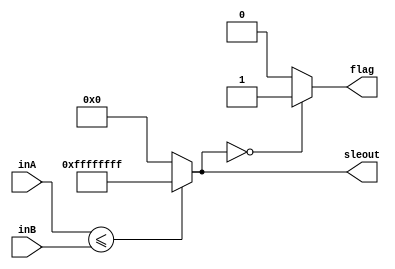
`timescale 1ns / 1ps
//////////////////////////////////////////////////////////////////////////////////
// Company: 
// Engineer: 
// 
// Design Name: 
// Module Name: SLE
// Project Name: 
// Target Devices: 
// Tool Versions: 
// Description: 
// 
// Dependencies: 
// 
// Revision:
// Revision 0.01 - File Created
// Additional Comments:
// 
//////////////////////////////////////////////////////////////////////////////////


module SLE(inA, inB, sleout, flag);
    input [31:0] inA;
    input [31:0] inB;
    output reg [31:0] sleout;
    output reg flag;
    
    always@(*) begin
        sleout = ($signed(inA)<=$signed(inB))?32'b11111111111111111111111111111111:32'b0;
        if(sleout==0)
            flag = 1;
        else
            flag = 0;
    end
endmodule